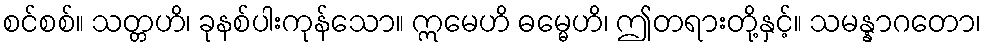
စင်စစ်။ သတ္တဟိ၊ ခုနစ်ပါးကုန်သော။ ဣမေဟိ ဓမ္မေဟိ၊ ဤတရားတို့နှင့်။ သမန္နာဂတော၊